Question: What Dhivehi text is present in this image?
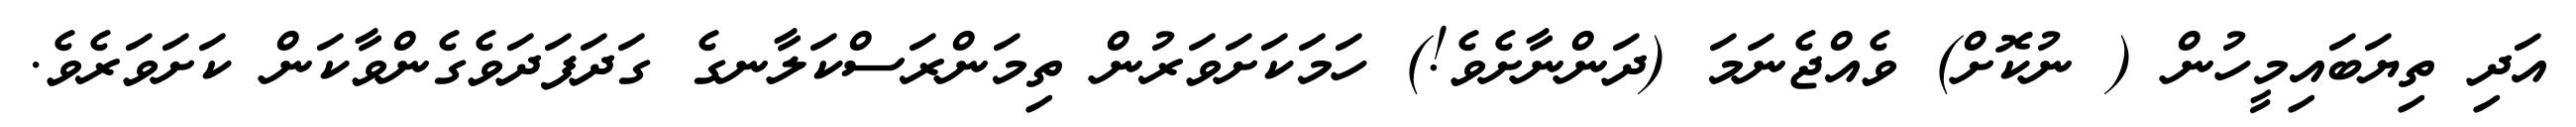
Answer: އަދި ތިޔަބައިމީހުން ( ނުކޮށް) ވެއްޖެނަމަ (ދަންނާށެވެ!) ހަމަކަށަވަރުން ތިމަންރަސްކަލާނގެ ގަދަފަދަވެގެންވާކަން ކަށަވަރެވެ.